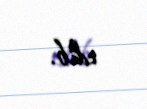
edib.